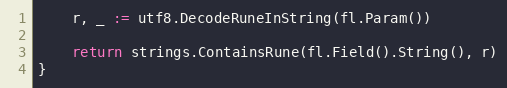
Language: Go
	r, _ := utf8.DecodeRuneInString(fl.Param())

	return strings.ContainsRune(fl.Field().String(), r)
}